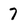
Character: 7